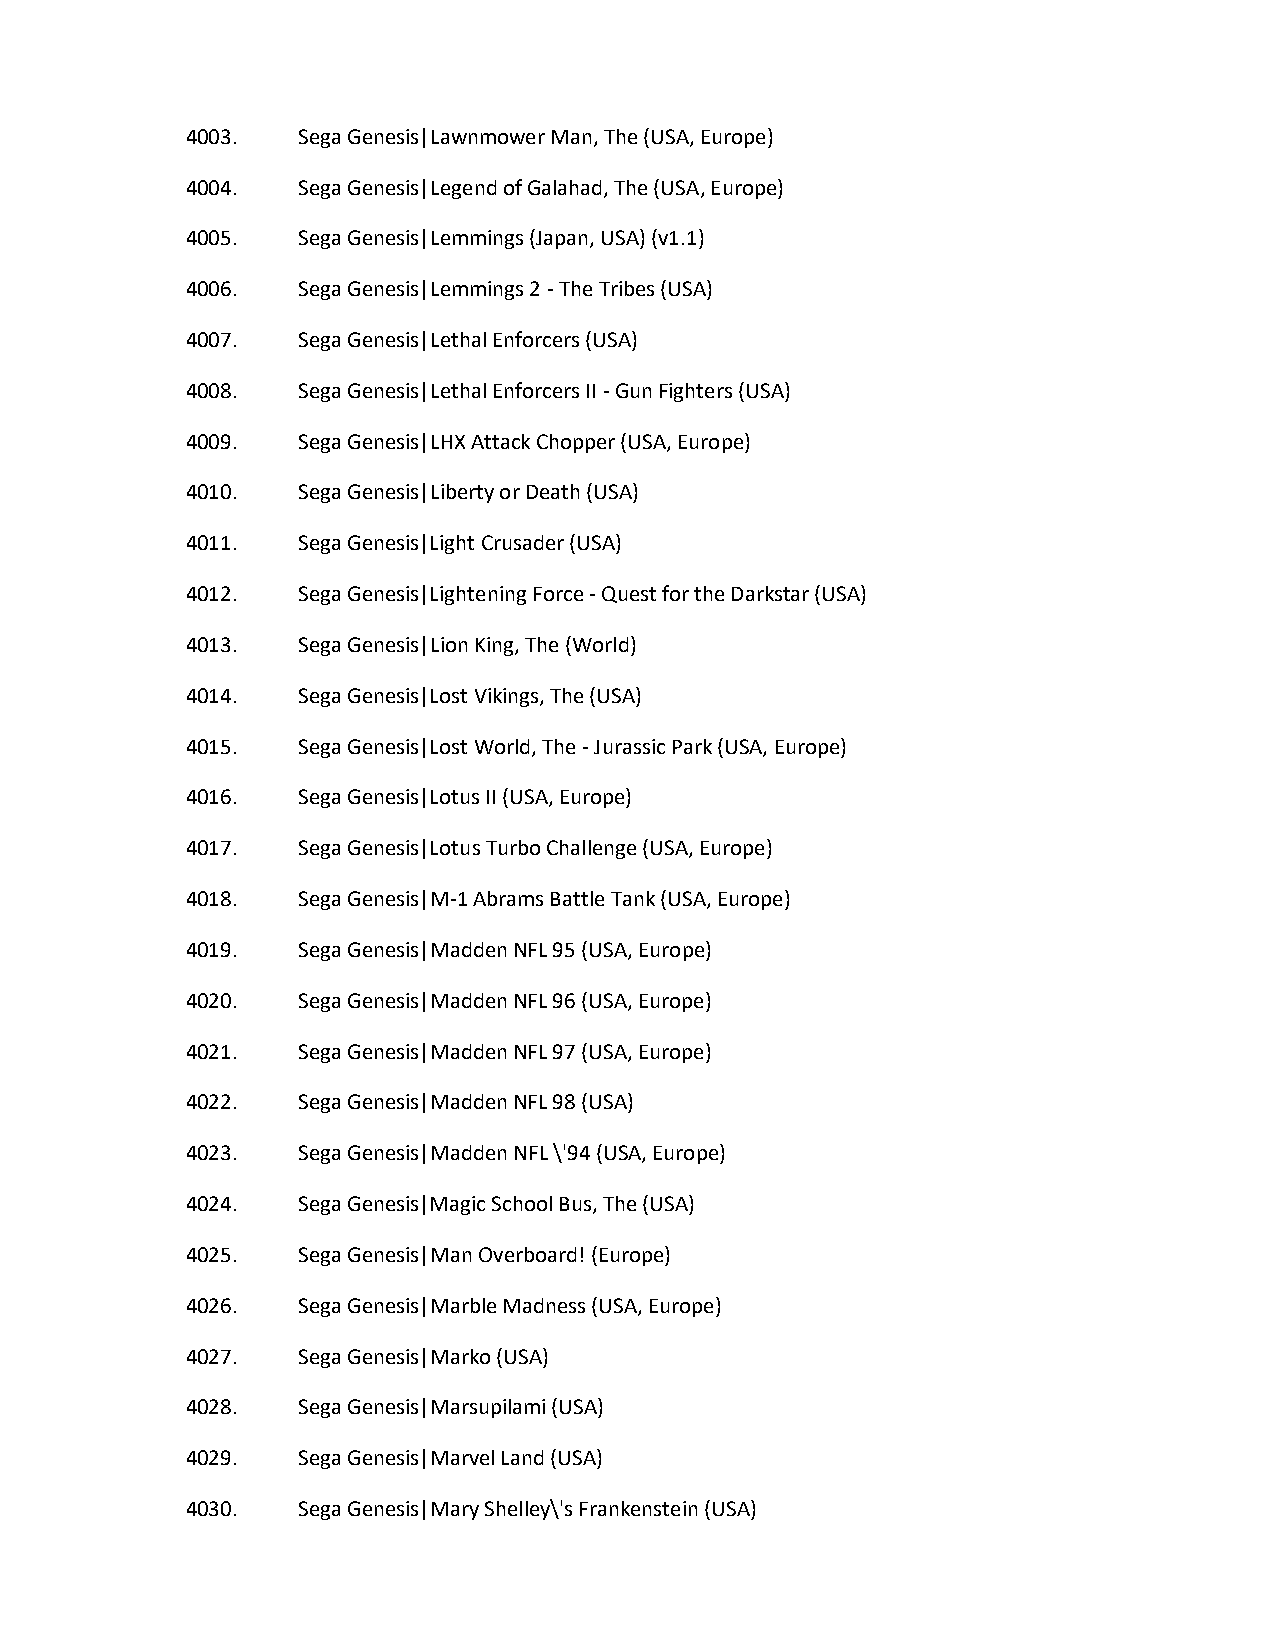
4003.   Sega Genesis|Lawnmower Man, The (USA, Europe)
 4004.   Sega Genesis|Legend of Galahad, The (USA, Europe)
 4005.   Sega Genesis|Lemmings (Japan, USA) (v1.1)
 4006.   Sega Genesis|Lemmings 2 - The Tribes (USA)
 4007.   Sega Genesis|Lethal Enforcers (USA)
 4008.   Sega Genesis|Lethal Enforcers II - Gun Fighters (USA)
 4009.   Sega Genesis|LHX Attack Chopper (USA, Europe)
 4010.   Sega Genesis|Liberty or Death (USA)
 4011.   Sega Genesis|Light Crusader (USA)
 4012.   Sega Genesis|Lightening Force - Quest for the Darkstar (USA)
 4013.   Sega Genesis|Lion King, The (World)
 4014.   Sega Genesis|Lost Vikings, The (USA)
 4015.   Sega Genesis|Lost World, The - Jurassic Park (USA, Europe)
 4016.   Sega Genesis|Lotus II (USA, Europe)
 4017.   Sega Genesis|Lotus Turbo Challenge (USA, Europe)
 4018.   Sega Genesis|M-1 Abrams Battle Tank (USA, Europe)
 4019.   Sega Genesis|Madden NFL 95 (USA, Europe)
 4020.   Sega Genesis|Madden NFL 96 (USA, Europe)
 4021.   Sega Genesis|Madden NFL 97 (USA, Europe)
 4022.   Sega Genesis|Madden NFL 98 (USA)
 4023.   Sega Genesis|Madden NFL \'94 (USA, Europe)
 4024.   Sega Genesis|Magic School Bus, The (USA)
 4025.   Sega Genesis|Man Overboard! (Europe)
 4026.   Sega Genesis|Marble Madness (USA, Europe)
 4027.   Sega Genesis|Marko (USA)
 4028.   Sega Genesis|Marsupilami (USA)
 4029.   Sega Genesis|Marvel Land (USA)
 4030.   Sega Genesis|Mary Shelley\'s Frankenstein (USA)